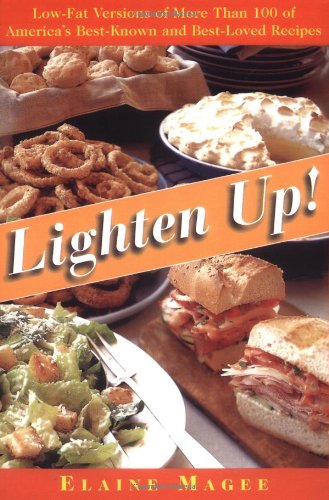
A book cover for Lighten Up: Low-Fat Versions of More Than 100 of America's Best-Known and Best-Loved Recipes; Elaine Magee; Cookbooks, Food & Wine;